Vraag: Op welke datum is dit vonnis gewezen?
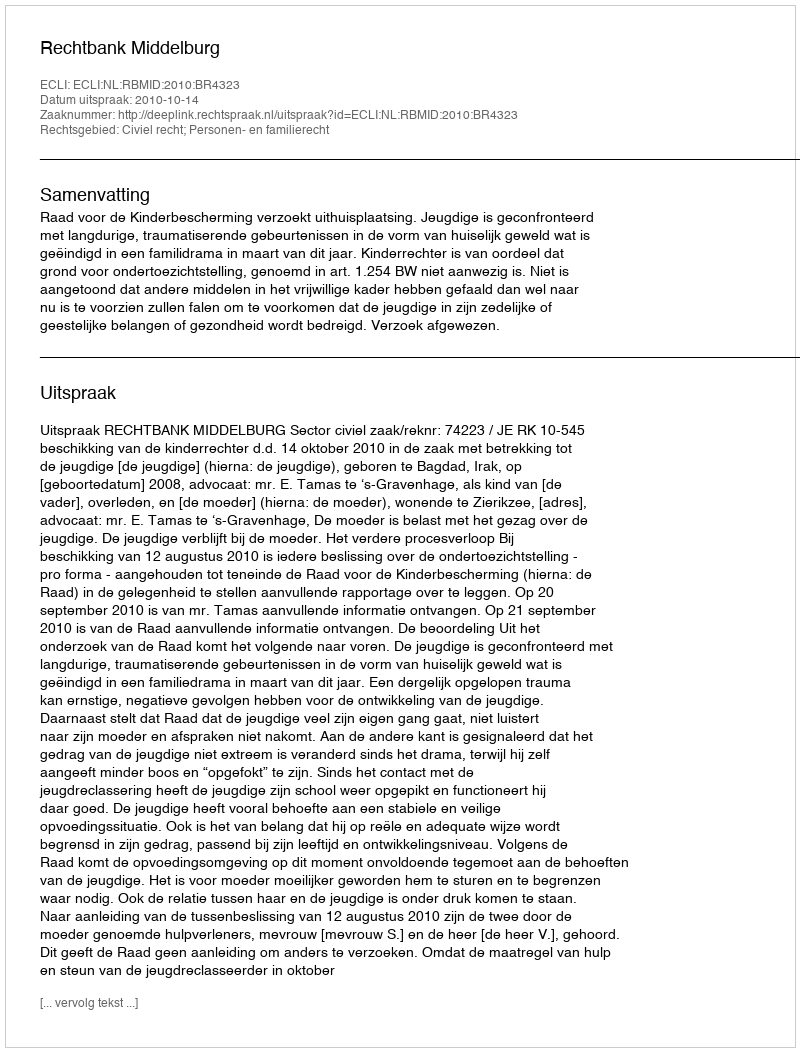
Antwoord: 2010-10-14